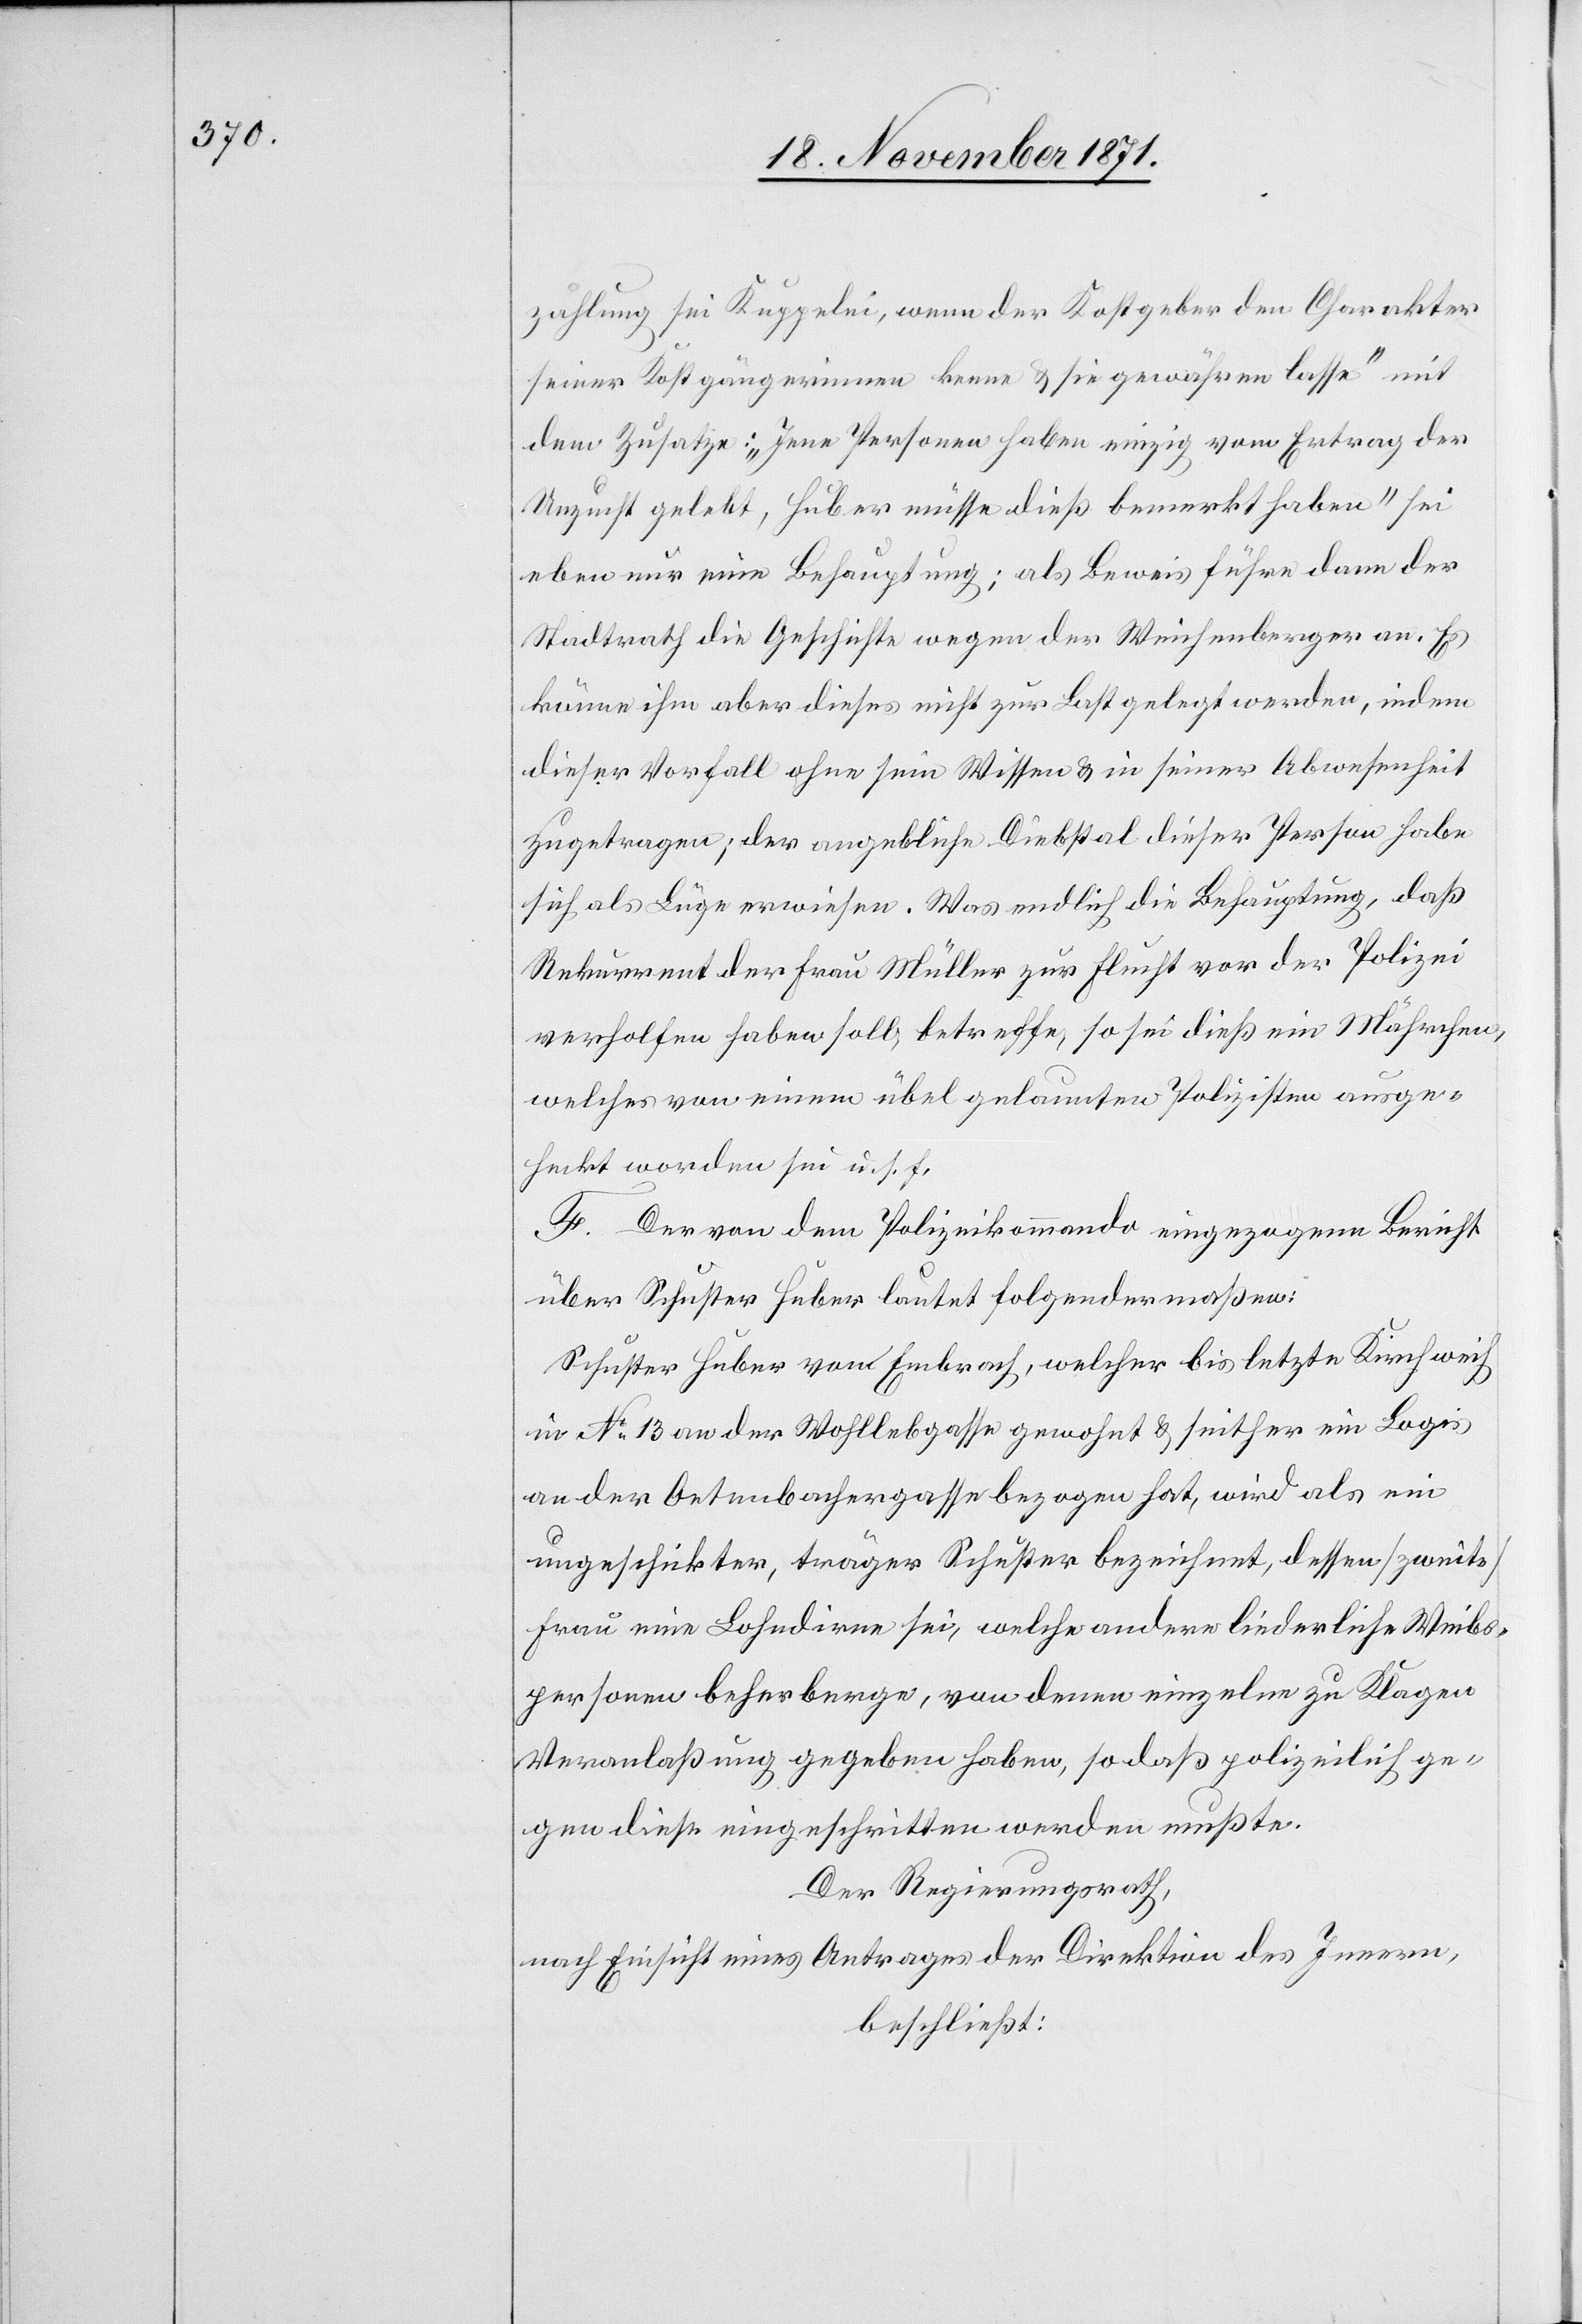
zahlung sei Kuppelei, wenn der Kostgeber den Charakter
seiner Kostgängerinnen kenne & sie gewähren lasse“ sei
eben nur eine Behauptung; als Beweis führe dann der
Stadtrath die Geschichte wegen der Weichenberger an. Es
könne ihm aber dieses nicht zur Last gelegt werden, indem
dieser Vorfall ohne sein Wissen & in seiner Abwesenheit
zugetragen; der angebliche Diebstal dieser Person habe
sich als Lüge erwiesen. Was endlich die Behauptung, daß
Rekurrent der Frau Müller zur Flucht vor der Polizei
verholfen haben soll, betreffe, so sei dieß ein Mährchen,
welches von einem übel gelaunten Polizisten ausge¬
heckt worden sei u. s. w.
F. Der von dem Polizeikommando eingegangene Bericht
über Schuster Huber lautet folgendermaßen:
Schuster Huber von Embrach, welcher bis letzte Kirchweih
in No 13 an der Wohllebgasse gewohnt & seither ein Logis
an der Oetenbachgasse bezogen hat, wird als ein
ungeschickter, träger Schuster bezeichnet, dessen [zweite]
Frau eine Lohndirne sei, welche andere liederliche Weibs¬
personen beherberge, von denen einzelne zu Klagen
Veranlassung gegeben haben, so daß polizeilich ge¬
gen diese eingeschritten werden mußte.
Der Regierungsrath,
nach Einsicht eines Antrages der Direktion des Innern,
beschließt: